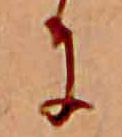
に